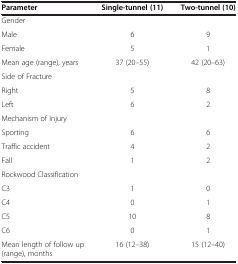
<table><thead><tr><td><b>Parameter</b></td><td><b>Single-tunnel (11)</b></td><td><b>Two-tunnel (10)</b></td></tr></thead><tbody><tr><td colspan="3">Gender</td></tr><tr><td>Male</td><td>6</td><td>9</td></tr><tr><td>Female</td><td>5</td><td>1</td></tr><tr><td>Mean age (range), years</td><td>37 (20–55)</td><td>42 (20–63)</td></tr><tr><td colspan="3">Side of Fracture</td></tr><tr><td>Right</td><td>5</td><td>8</td></tr><tr><td>Left</td><td>6</td><td>2</td></tr><tr><td colspan="3">Mechanism of Injury</td></tr><tr><td>Sporting</td><td>6</td><td>6</td></tr><tr><td>Traffic accident</td><td>4</td><td>2</td></tr><tr><td>Fall</td><td>1</td><td>2</td></tr><tr><td colspan="3">Rockwood Classification</td></tr><tr><td>C3</td><td>1</td><td>0</td></tr><tr><td>C4</td><td>0</td><td>1</td></tr><tr><td>C5</td><td>10</td><td>8</td></tr><tr><td>C6</td><td>0</td><td>1</td></tr><tr><td>Mean length of follow up (range), months</td><td>16 (12–38)</td><td>15 (12–40)</td></tr></tbody></table>